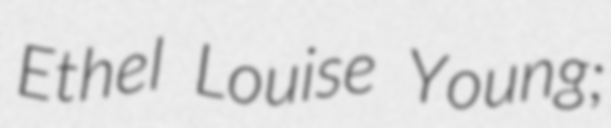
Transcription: Ethel Louise Young;